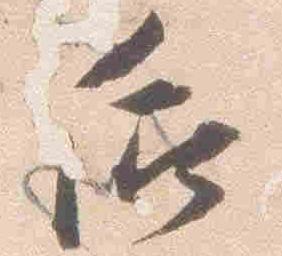
后